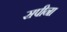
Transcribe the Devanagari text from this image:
सपीना